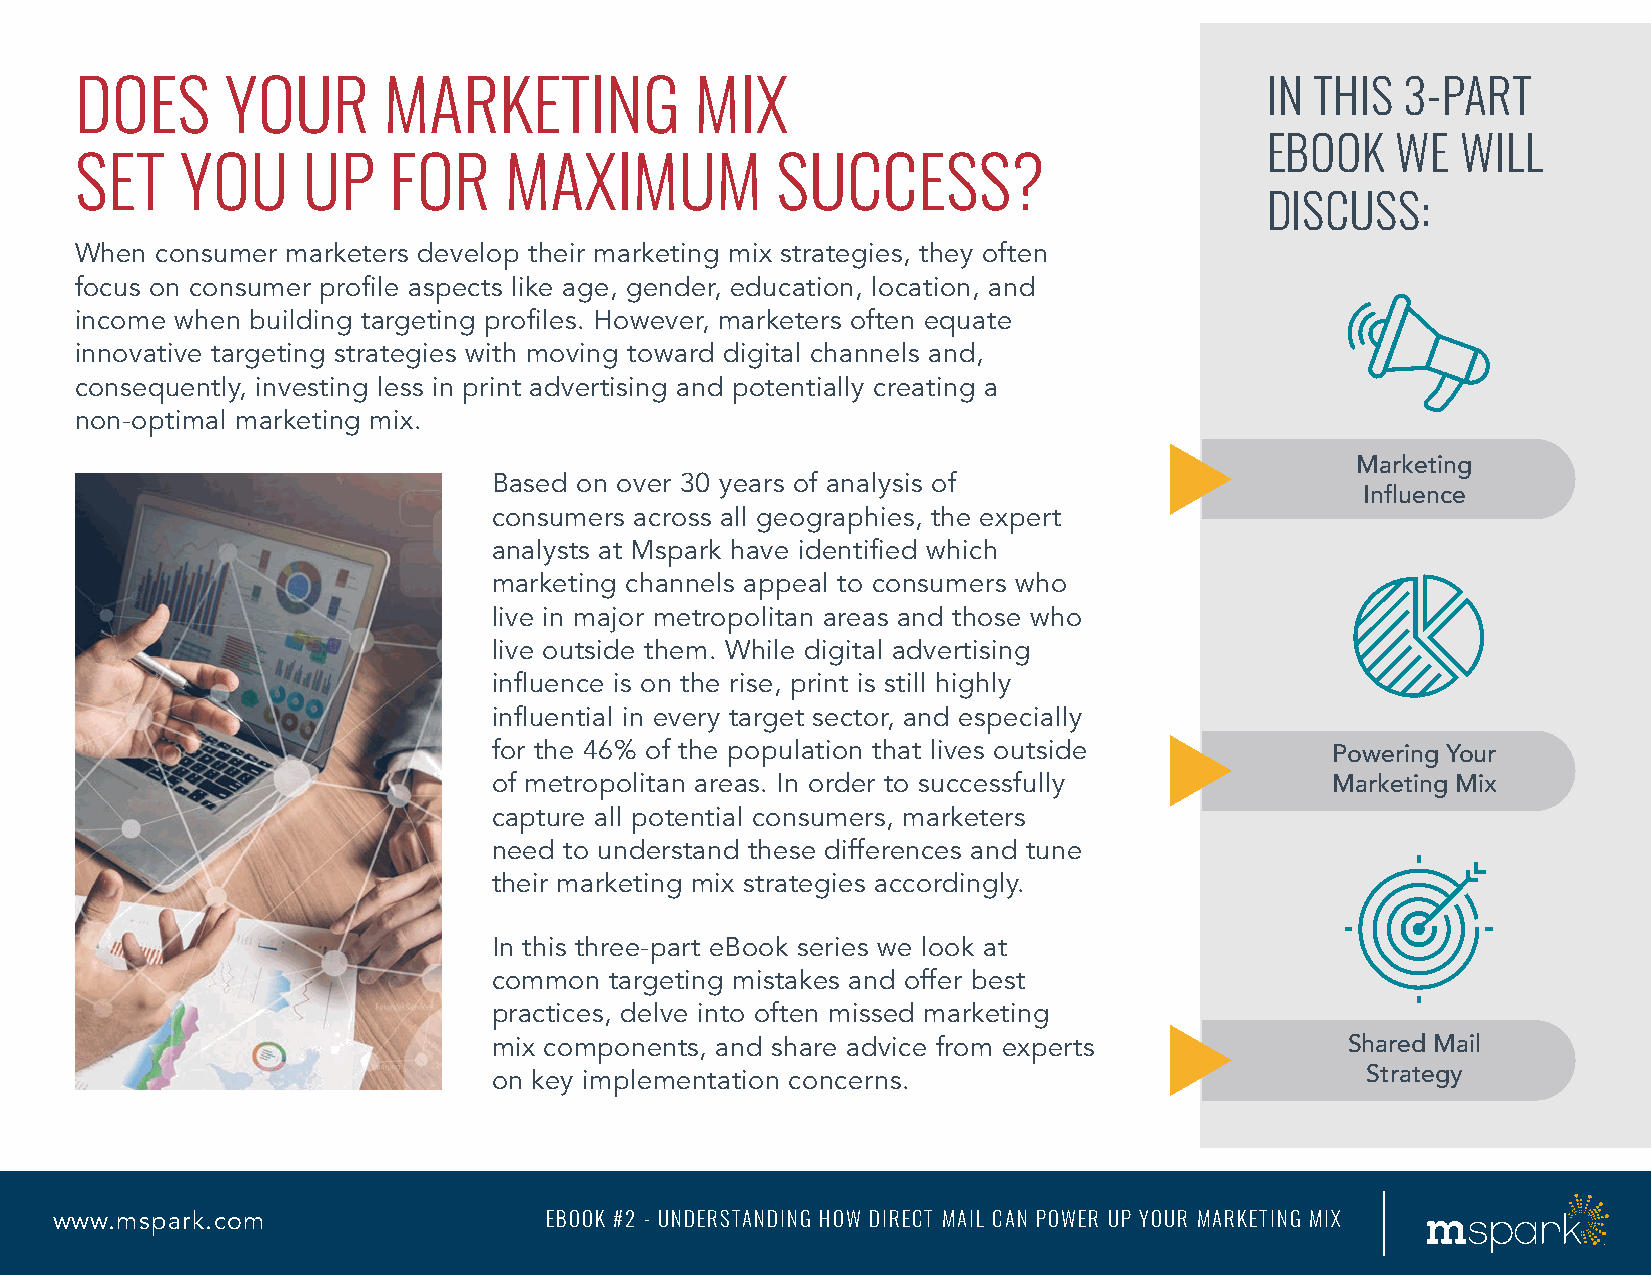
DOES      YOUR      MARKETING            MIX                                   IN THIS  3-PART
 EBOOK   WE   WILL
 SET    YOU     UP    FOR    MAXIMUM           SUCCESS?
 DISCUSS:
 When consumer marketers develop their marketing mix strategies, they often
 focus on consumer profile aspects like age, gender, education, location, and
 income when building targeting profiles. However, marketers often equate
 innovative targeting strategies with moving toward digital channels and,
 consequently, investing less in print advertising and potentially creating a
 non-optimal marketing mix.
 Marketing
 Based on over 30 years of analysis of
 Influence
 consumers across all geographies, the expert
 analysts at Mspark have identified which
 marketing channels appeal to consumers who
 live in major metropolitan areas and those who
 live outside them. While digital advertising
 influence is on the rise, print is still highly
 influential in every target sector, and especially
 for the 46% of the population that lives outside       Powering Your
 of metropolitan areas. In order to successfully        Marketing Mix
 capture all potential consumers, marketers
 need to understand these differences and tune
 their marketing mix strategies accordingly.
 In this three-part eBook series we look at
 common targeting mistakes and offer best
 practices, delve into often missed marketing
 mix components, and share advice from experts           Shared Mail
 on key implementation concerns.                          Strategy
 www.mspark.com                   EBOOK #2 - UNDERSTANDING HOW DIRECT MAIL CAN POWER UP YOUR MARKETING MIX